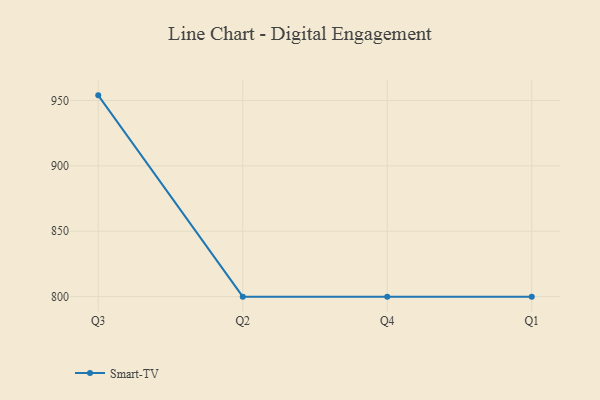
{"axis": {"x": "Quarter", "y": "Operating Costs (USD K)"}, "legend": ["Smart-TV"], "data": [{"x": "Q3", "y": 953.9, "type": "Smart-TV"}, {"x": "Q2", "y": 800, "type": "Smart-TV"}, {"x": "Q4", "y": 800, "type": "Smart-TV"}, {"x": "Q1", "y": 800, "type": "Smart-TV"}]}